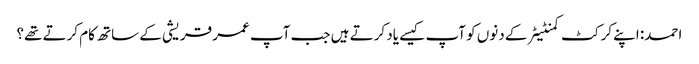
احمد: اپنے کرکٹ کمنٹیٹر کے دنوں کو آپ کیسے یاد کرتے ہیں جب آپ عمر قریشی کے ساتھ کام کرتے تھے؟